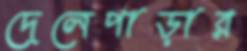
দেলেপাড়ার